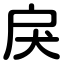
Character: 戾